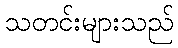
သတင်းများသည်